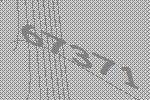
67371